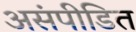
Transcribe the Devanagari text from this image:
असंपीडित